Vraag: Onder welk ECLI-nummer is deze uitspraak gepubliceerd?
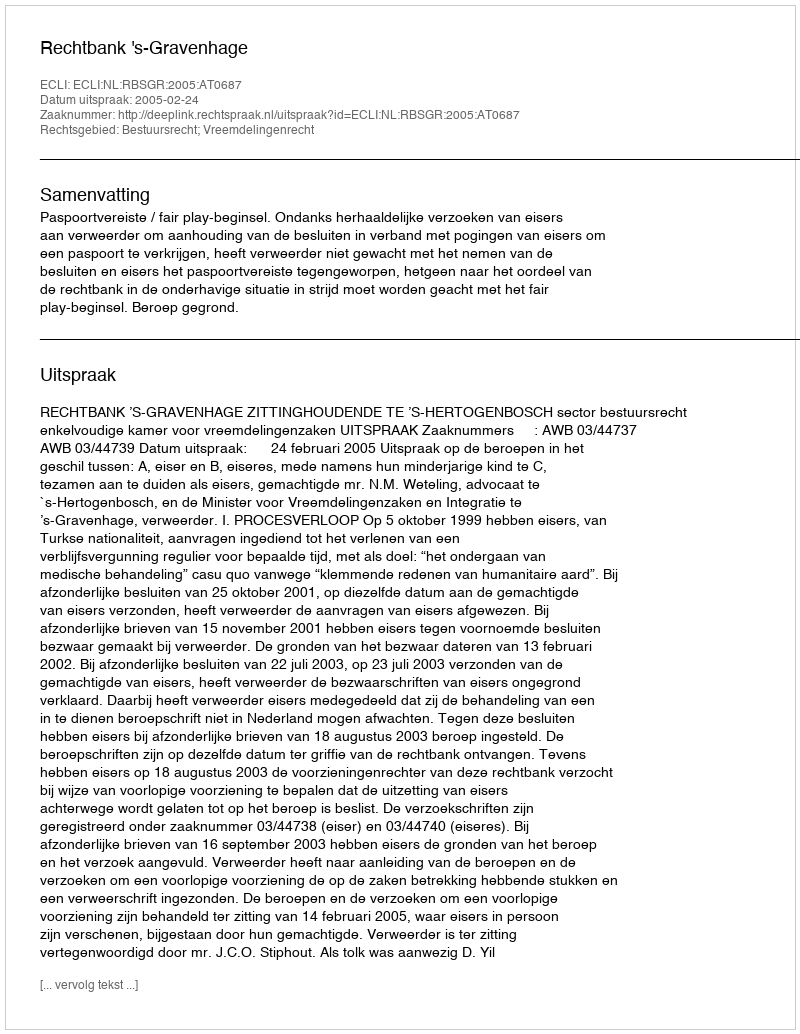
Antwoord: ECLI:NL:RBSGR:2005:AT0687